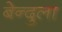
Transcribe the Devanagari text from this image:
बेन्दुला